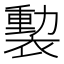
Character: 𧜻